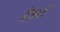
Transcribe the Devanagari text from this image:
हेअर्त